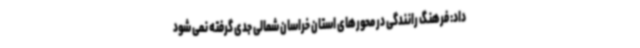
داد: فرهنگ رانندگی در محورهای استان خراسان شمالی جدی گرفته نمی شود